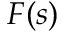
F ( s )